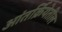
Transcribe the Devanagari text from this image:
आंतर्क्रियेतील